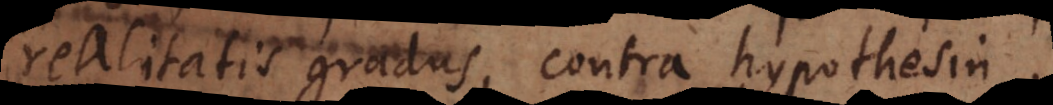
realitatis gradus, contra hypothesin.